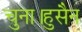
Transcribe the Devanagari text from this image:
चुना।हुसैन